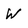
Character: W